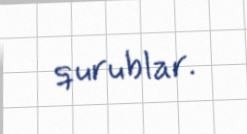
qurublar.